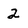
Character: 2